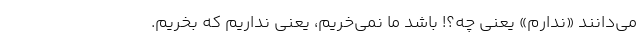
می‌دانند «ندارم» یعنی چه؟! باشد ما نمی‌خریم، یعنی نداریم که بخریم.